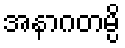
အနာဂတမ္ပိ